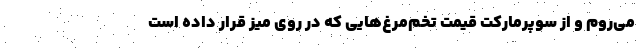
می‌روم و از سوپرمارکت قیمت تخم‌مرغ‌هایی که در روی میز قرار داده است